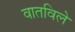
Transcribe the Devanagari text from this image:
वातविले